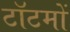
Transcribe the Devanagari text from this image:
टॉटमों